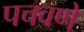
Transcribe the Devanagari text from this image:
पचवणे